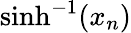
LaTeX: \sinh^{-1}(x_{n})